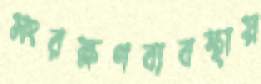
সংরক্ষণব্যবস্থায়